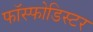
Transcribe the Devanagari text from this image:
फॉस्फोडिस्टर